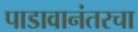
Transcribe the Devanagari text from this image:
पाडावानंतरचा